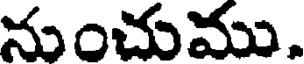
నుంచుము,